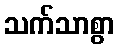
သက်သာစွာ